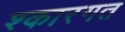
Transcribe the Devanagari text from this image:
श्कारगत